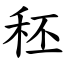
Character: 秠